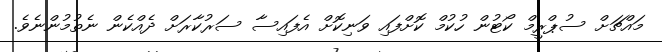
މައްޗަށް ސުޕްރީމް ކޯޓުން ހުކުމް ކޮށްފައި ވަނިކޮށް އެފައިސާ ސަރުކާރަށް ދެއްކެން ނެތުމުންނެވެ.